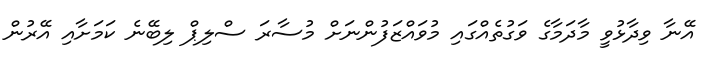
އޭނާ ވިދާޅުވީ މާދަމާގެ ވަގުތެއްގައި މުވައްޒަފުންނަށް މުސާރަ ސްލިޕް ލިބޭނެ ކަމަށާއި އޭރުން